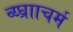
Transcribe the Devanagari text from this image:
व्य्घ्रााचर्म